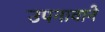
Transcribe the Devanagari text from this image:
उपनावाने